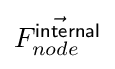
{\textstyle {\vec {F_{node}^{\mathsf {internal}}}}}